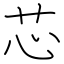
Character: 芯